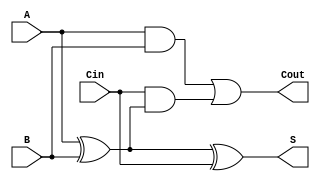
module FullAdder (
    input A,
    input B,
    input Cin,
    output S,
    output Cout
);
    assign S = A ^ B ^ Cin; // Sum calculation
    assign Cout = (A & B) | (Cin & (A ^ B)); // Carry-out calculation
endmodule